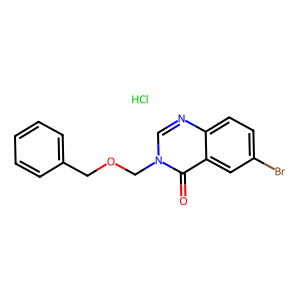
SMILES: Cl.O=c1c2cc(Br)ccc2ncn1COCc1ccccc1
Inhibits HIV replication: No